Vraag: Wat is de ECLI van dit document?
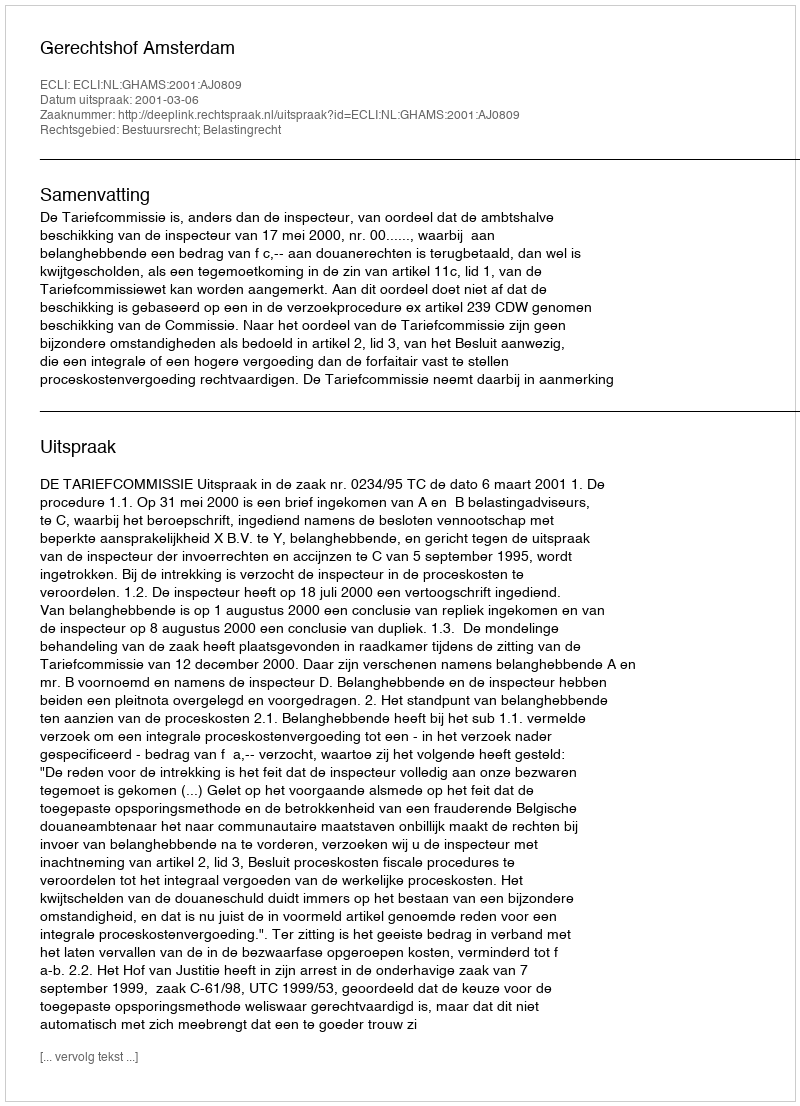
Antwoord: ECLI:NL:GHAMS:2001:AJ0809